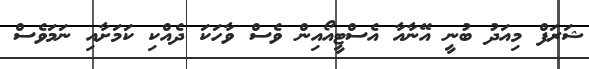
ޝަރަފް މިއަދު ބުނީ އޭނާއާ އެސްޓީއޯއިން ވެސް ވާހަކަ ދެއްކި ކަމަށާއި ނަމަވެސް